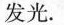
发光.